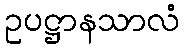
ဥပဋ္ဌာနသာလံ